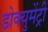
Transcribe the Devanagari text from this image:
डोक्युमेंट्री